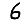
Digit: 6